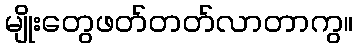
မျိုးတွေဖတ်တတ်လာတာကွ။